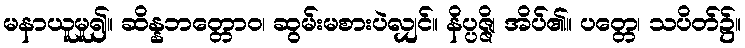
မနာယူမူ၍။ ဆိန္နဘတ္တောဝ၊ ဆွမ်းမစားပဲလျှင်။ နိပ္ပဇ္ဇိ၊ အိပ်၏။ ပတ္တေ၊ သပိတ်၌။